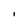
Character: l